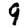
Digit: 9